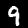
Label: 9